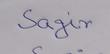
Signature authenticity: genuine